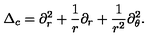
\Delta _ { c } = \partial _ { r } ^ { 2 } + \frac 1 r \partial _ { r } + \frac 1 { r ^ { 2 } } \partial _ { \theta } ^ { 2 } .